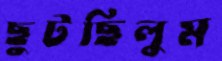
ছুটছিলুম